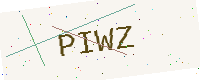
Text: PIWZ